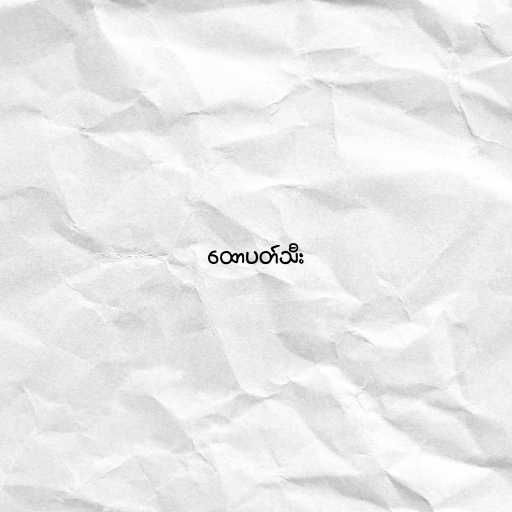
ထောပတ်သီး